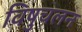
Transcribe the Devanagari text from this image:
विषुचलन